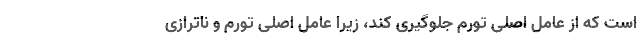
است که از عامل اصلی تورم جلوگیری کند، زیرا عامل اصلی تورم و ناترازی